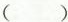
( )